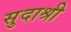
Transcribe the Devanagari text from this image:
सुदाश्री